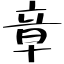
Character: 章